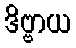
ဒိဗ္ဗာယ